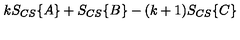
k S _ { C S } \{ A \} + S _ { C S } \{ B \} - ( k + 1 ) S _ { C S } \{ C \}